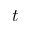
t